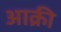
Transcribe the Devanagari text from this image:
आक्री